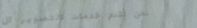
نحن نقدم خدمات التصوير ال